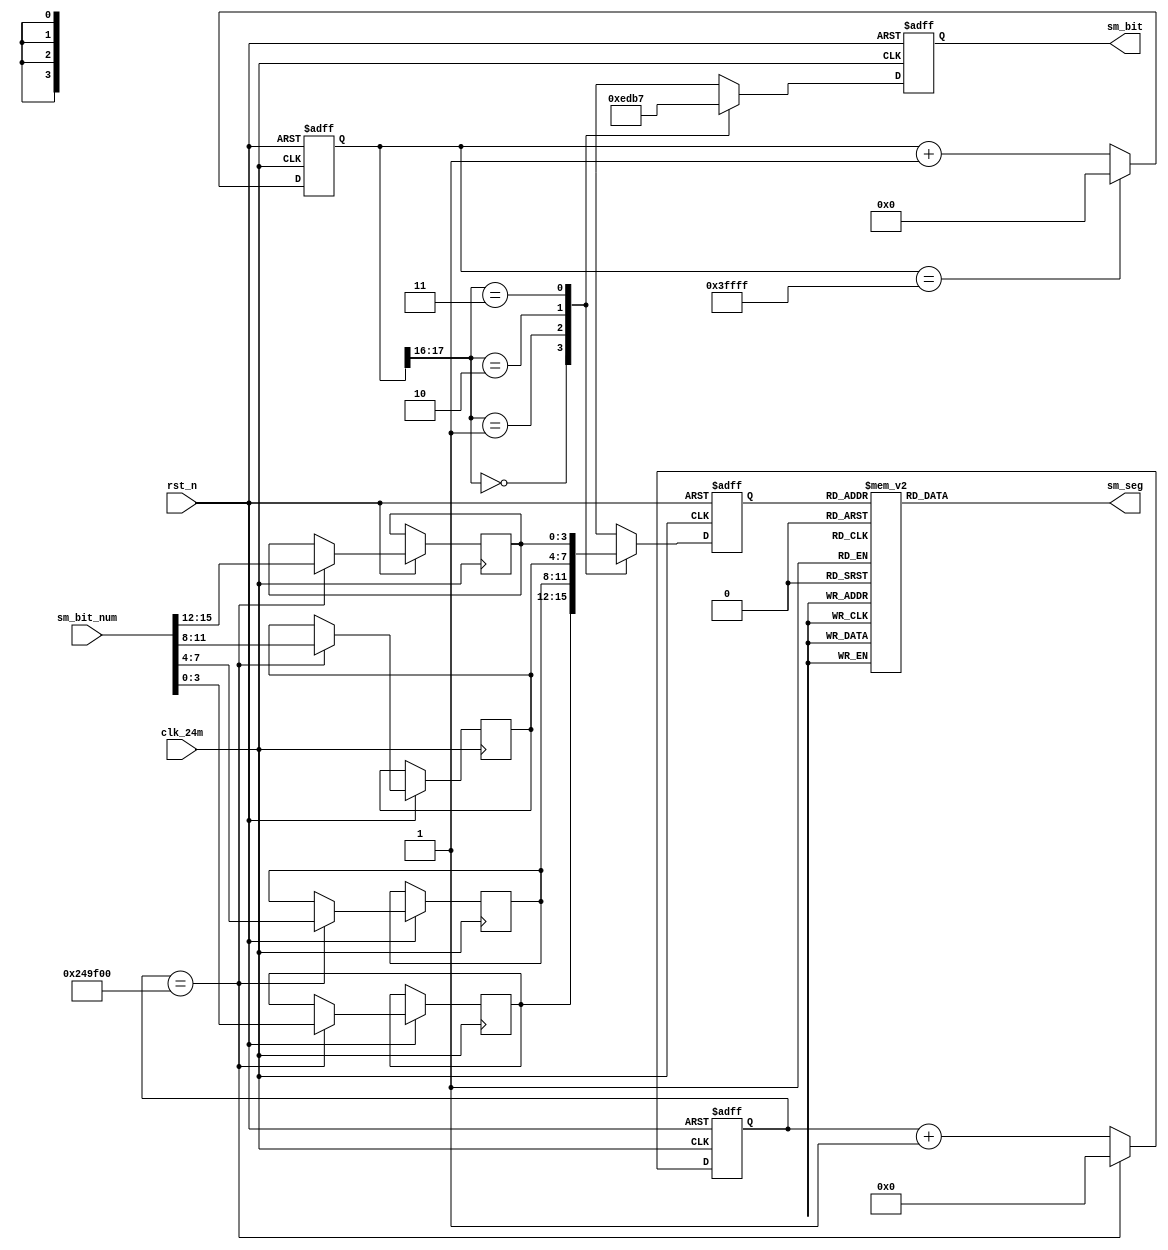
module seg4
#(
	parameter CNT_TIME = 2400_000 //0.1s
)
( 
	input	wire       	clk_24m,
	input   wire       rst_n,
	input   wire [31:0] sm_bit_num,     
    output	wire [7:0] 	sm_seg,
    output	wire [3:0] 	sm_bit
);

wire 		rst_n;
reg [24:0] 	cnt;
reg [3:0] 	sm_bit1_num;
reg [3:0] 	sm_bit2_num;
reg [3:0] 	sm_bit3_num;
reg [3:0] 	sm_bit4_num;
//ԼΪ10msɨһ
reg [17:0] 	cnt_w;
//λѡ
reg [3:0] 	sm_bit_reg;
reg [3:0] 	sm_seg_num ;
reg [7:0]	sm_seg_reg;	
localparam
			S0 = 4'b0000 ,
			S1 = 4'b0001 ,
			S2 = 4'b0010 ,
			S3 = 4'b0011 ,
			S4 = 4'b0100 ,
			S5 = 4'b0101 ,
			S6 = 4'b0110 ,
			S7 = 4'b0111 ,
			S8 = 4'b1000 ,
			S9 = 4'b1001 ;

always@(posedge clk_24m or negedge rst_n)
begin
	if(!rst_n)
		cnt  <= 0;
	else if(cnt == CNT_TIME)//0.1Hz
	begin
		cnt <= 0;
		sm_bit1_num   <= sm_bit_num[3:0]; 
		sm_bit2_num   <= sm_bit_num[7:4]; 
		sm_bit3_num   <= sm_bit_num[11:8]; 
		sm_bit4_num   <= sm_bit_num[15:12]; 
	end	
	else
		cnt <= cnt + 1'b1;
end



		
always@(posedge clk_24m or negedge rst_n)
begin
	if(!rst_n)
		cnt_w <= 18'd0;
	else if(cnt_w == 18'b111_111_111_111_111_111)  
		cnt_w <= 18'd0;
	else
		cnt_w <= cnt_w + 1;
end

always@(posedge clk_24m or negedge rst_n)
begin
	if(!rst_n)
		sm_seg_num   <= 4'h0;
	else
	begin
		case( cnt_w[17:16] )
		2'b00:sm_seg_num   <= sm_bit1_num; 
		2'b01:sm_seg_num   <= sm_bit2_num; 
		2'b10:sm_seg_num   <= sm_bit3_num; 
		2'b11:sm_seg_num   <= sm_bit4_num; 
		endcase
	end
end

always@(posedge clk_24m or negedge rst_n)
begin
	if(!rst_n)
		sm_bit_reg <= 4'b1111;
	else
	begin
		case( cnt_w[17:16] )
		2'b00:sm_bit_reg <= 4'b1110; 
		2'b01:sm_bit_reg <= 4'b1101; 
		2'b10:sm_bit_reg <= 4'b1011; 
		2'b11:sm_bit_reg <= 4'b0111; 
		endcase
	end
end
			
always@(*)
begin
	case ( sm_seg_num )
	S0:
		sm_seg_reg <= 8'hc0;
	S1:               
		sm_seg_reg <= 8'hf9;
	S2:               
		sm_seg_reg <= 8'ha4;
	S3:               
		sm_seg_reg <= 8'hb0;
	S4:               
		sm_seg_reg <= 8'h99;
	S5:               
		sm_seg_reg <= 8'h92;
	S6:               
		sm_seg_reg <= 8'h82;
	S7:               
		sm_seg_reg <= 8'hf8;
	S8:               
		sm_seg_reg <= 8'h80;
	S9:               
		sm_seg_reg <= 8'h90;
	default:sm_seg_reg <= 8'hc0;
	endcase
end	
					
assign sm_seg = sm_seg_reg;	
assign sm_bit = sm_bit_reg;	
	
endmodule
module bin2bcd(
input wire [7:0]b,
output reg [9:0]p
);
reg [17:0]z;
integer i;
always@(*)
begin
	for(i=0;i<=17;i=i+1)
		z[i]=0;
		
	z[10:3]=b;	
	repeat(5)
	begin
		if(z[11:8]>4)
			z[11:8]=z[11:8]+3;
		if(z[15:12]>4)
			z[15:12]=z[15:12]+3;
		z[17:1]=z[16:0];
	end
	p=z[17:8];
end

endmodule